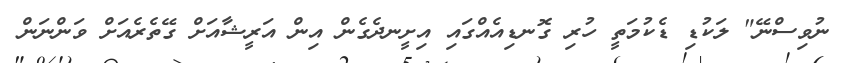
ނުވިސްނޭ" ލަކުޑި ޑެކުމަތީ ހުރި ގޮނޑިއެއްގައި އިށީނދެގެން އިން އަރީޝާއަށް ގޭތެރެއަށް ވަންނަން